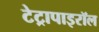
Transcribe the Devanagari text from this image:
टेट्रापाइरॉल